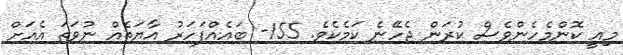
މިއީ ކޮންމެހެންވެސް ކުރަން ޖެހޭނެ ކަމެކެވެ. 155- ބައެއްފަހަރު އާޔަތެއް ނުވަތަ އެއަށް